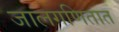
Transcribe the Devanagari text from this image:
जालगणितात